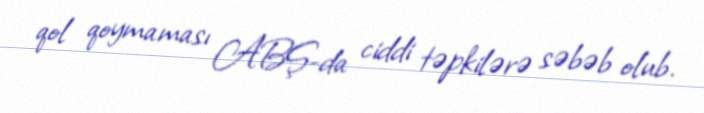
qol qoymaması ABŞ-da ciddi təpkilərə səbəb olub.